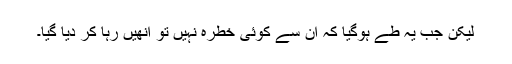
لیکن جب یہ طے ہوگیا کہ ان سے کوئی خطرہ نہیں تو انھیں رہا کر دیا گیا۔